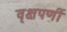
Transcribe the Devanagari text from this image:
वृक्षपर्णी